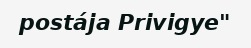
postája Privigye"